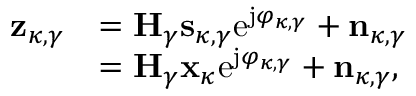
\begin{array} { r l } { \mathbf { z } _ { \kappa , \gamma } } & { = \mathbf { H } _ { \gamma } \mathbf { s } _ { \kappa , \gamma } \mathrm { e } ^ { \mathrm { j } \varphi _ { \kappa , \gamma } } + \mathbf { n } _ { \kappa , \gamma } } \\ & { = \mathbf { H } _ { \gamma } \mathbf { x } _ { \kappa } \mathrm { e } ^ { \mathrm { j } \varphi _ { \kappa , \gamma } } + \mathbf { n } _ { \kappa , \gamma } , } \end{array}